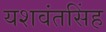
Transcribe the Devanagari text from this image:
यशवंतसिंह